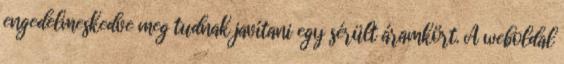
engedelmeskedve meg tudnak javítani egy sérült áramkört. A weboldal